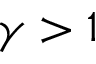
\gamma > 1